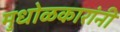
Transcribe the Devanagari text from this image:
मुधोळकारांनी